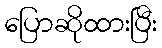
ပြောဆိုထားပြီး